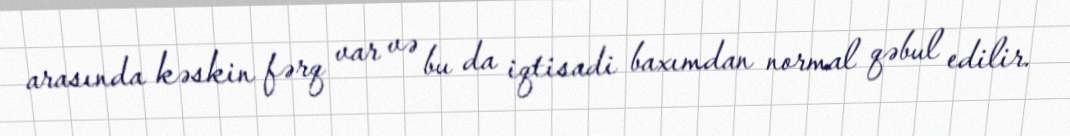
arasında kəskin fərq var və bu da iqtisadi baxımdan normal qəbul edilir.